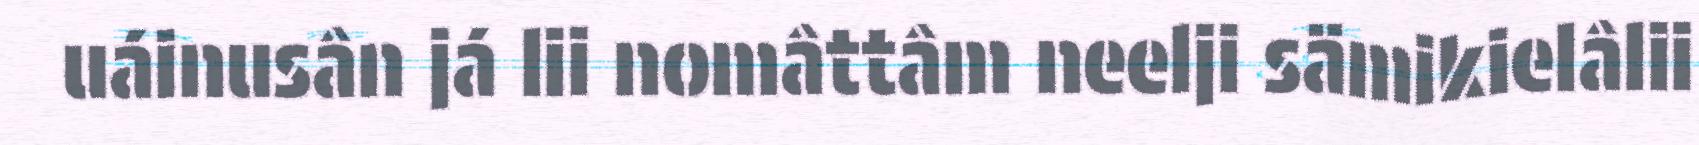
uáinusân já lii nomâttâm neelji sämikielâlii